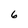
Character: 6